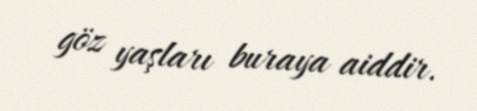
göz yaşları buraya aiddir.